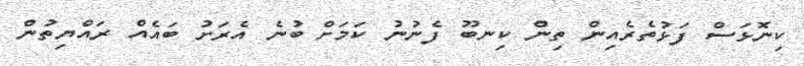
ކިނޮޅަސް ފަޅުތެރެއިން ތިން ކިނބޫ ފެނުނު ކަމަށް ބުނެ އެރަށު ބައެއް ރައްޔިތުން